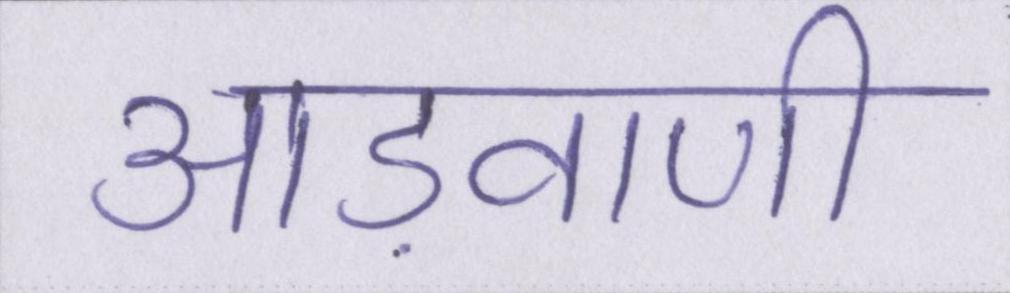
आड़वाणी